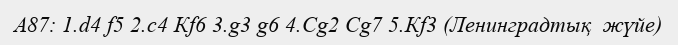
A87: 1.d4 f5 2.c4 Кf6 3.g3 g6 4.Сg2 Сg7 5.Кf3 (Ленинградтық  жүйе)